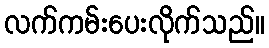
လက်ကမ်းပေးလိုက်သည်။